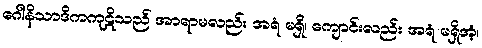
ဂေါနိသာဒိကကုဋိသည် အာရာမလည်း အရံ မရှိ၊ ကျောင်းလည်း အရံ မရှိအံ့၊